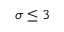
\sigma \leq 3